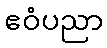
ဧဝံပညာ